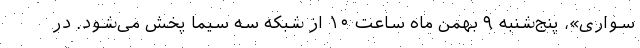
سواری»، پنج‌شنبه ۹ بهمن ماه ساعت ۱۰ از شبکه سه سیما پخش می‌شود. در